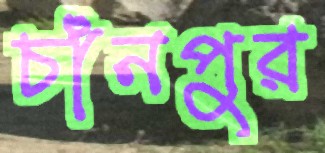
চাঁনপুর